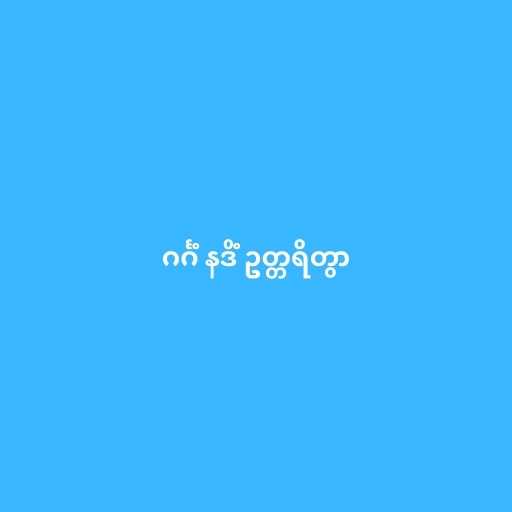
ဂင်္ဂံ နဒိံ ဥတ္တရိတွာ